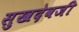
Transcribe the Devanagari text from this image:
सुखदेवजी